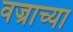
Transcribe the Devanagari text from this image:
वज्राच्या